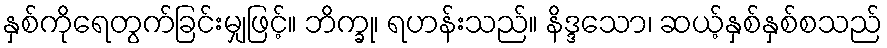
နှစ်ကိုရေတွက်ခြင်းမျှဖြင့်။ ဘိက္ခု၊ ရဟန်းသည်။ နိဒ္ဒသော၊ ဆယ့်နှစ်နှစ်စသည်